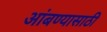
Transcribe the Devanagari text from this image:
आंबण्यासाठी